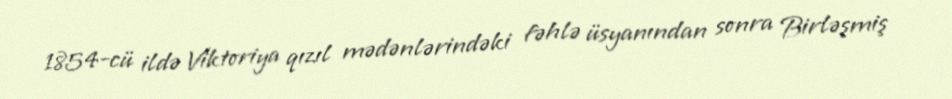
1854-cü ildə Viktoriya qızıl mədənlərindəki fəhlə üsyanından sonra Birləşmiş